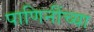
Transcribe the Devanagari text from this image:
पाणिनींच्या